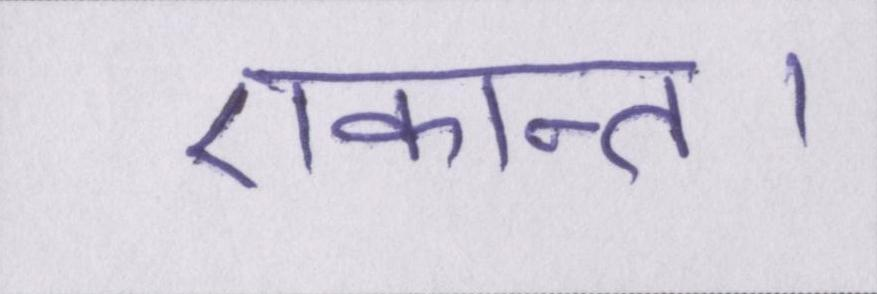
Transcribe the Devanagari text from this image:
एकान्त।